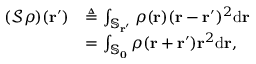
\begin{array} { r l } { ( \mathcal { S } \rho ) ( \mathbf { r } ^ { \prime } ) } & { \triangleq \int _ { \mathbb { S } _ { \mathbf { r } ^ { \prime } } } \rho ( \mathbf { r } ) ( \mathbf { r } - \mathbf { r } ^ { \prime } ) ^ { 2 } \mathrm { d } \mathbf { r } } \\ & { = \int _ { \mathbb { S } _ { \mathbf { 0 } } } \rho ( \mathbf { r } + \mathbf { r } ^ { \prime } ) \mathbf { r } ^ { 2 } \mathrm { d } \mathbf { r } , } \end{array}